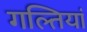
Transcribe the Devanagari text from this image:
गल्तियां